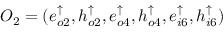
O _ { 2 } = ( e _ { o 2 } ^ { \uparrow } , h _ { o 2 } ^ { \uparrow } , e _ { o 4 } ^ { \uparrow } , h _ { o 4 } ^ { \uparrow } , e _ { i 6 } ^ { \uparrow } , h _ { i 6 } ^ { \uparrow } )